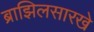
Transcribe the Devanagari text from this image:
ब्राझिलसारखे